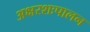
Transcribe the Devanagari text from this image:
अक्षरशःपालन